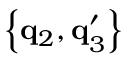
\left\{ \mathbf { q } _ { 2 } , \mathbf { q } _ { 3 } ^ { \prime } \right\}